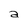
Character: a